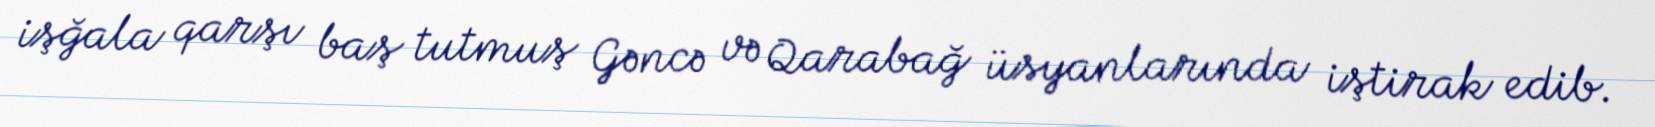
işğala qarşı baş tutmuş Gəncə və Qarabağ üsyanlarında iştirak edib.